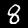
Digit: 8